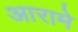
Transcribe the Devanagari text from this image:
आरामे